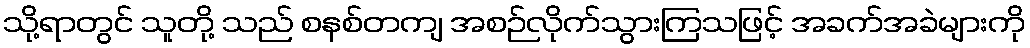
သို့ရာတွင် သူတို့ သည် စနစ်တကျ အစဉ်လိုက်သွားကြသဖြင့် အခက်အခဲများကို